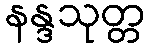
နန္ဒသုတ္တ